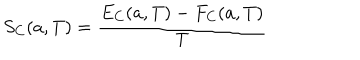
S _ { C } ( a , T ) = { \frac { E _ { C } ( a , T ) - F _ { C } ( a , T ) } { T } }